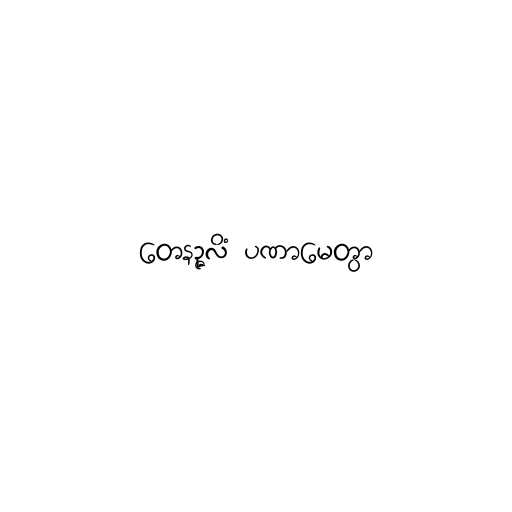
တေနဉ္ဇလိံ ပဏာမေတွာ